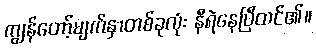
ကျွန်တော့်မျက်နှာတစ်ခုလုံး နီရဲနေပြီထင်၏။